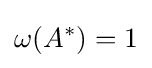
\omega (A^{*})=1